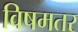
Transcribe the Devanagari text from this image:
विषमतर